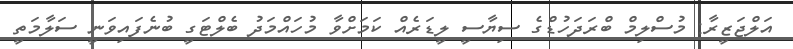
އަލްޖަޒީރާ: މުސްލިމް ބްރަދަހުޑްގެ ސިޔާސީ ލީޑަރެއް ކަމަށްވާ މުހައްމަދު ބެލްޓަގީ ބުނެފައިވަނީ ސަލާމަތީ